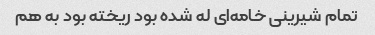
تمام شیرینی خامه‌ای له شده بود ریخته بود به هم